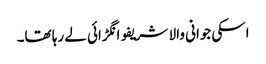
اسکی جوانی والا شریفو انگڑائی لے رہا تھا۔